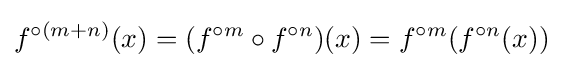
f^{\circ (m+n)}(x)=(f^{\circ m}\circ f^{\circ n})(x)=f^{\circ m}(f^{\circ n}(x))